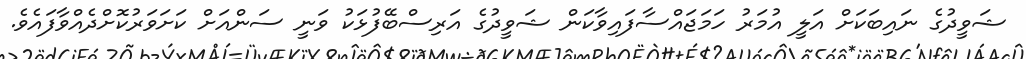
ޝަވީދުގެ ނައިބަކަށް އަލީ އުމަރު ހަމަޖައްސާފައިވާކަން ޝަވީދުގެ އަރިސްބޭފުޅަކު ވަނީ ސަންއަށް ކަށަވަރުކޮށްދެއްވާފައެވެ.